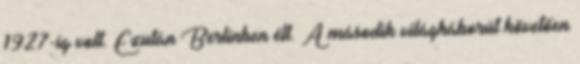
1927-ig volt. Ezután Berlinben élt. A második világháborút követően